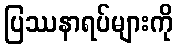
ပြဿနာရပ်များကို